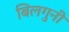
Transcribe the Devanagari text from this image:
बिलगुनी